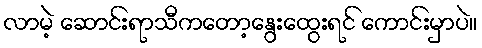
လာမဲ့ ဆောင်းရာသီကတော့နွေးထွေးရင် ကောင်းမှာပဲ။